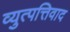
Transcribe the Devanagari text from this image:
व्युत्पत्तिवाद